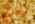
تستلم